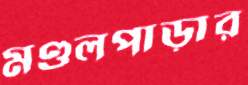
মণ্ডলপাড়ার